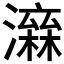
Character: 𤀮